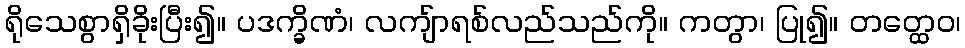
ရိုသေစွာရှိခိုးပြီး၍။ ပဒက္ခိဏံ၊ လကျ်ာရစ်လည်သည်ကို။ ကတွာ၊ ပြု၍။ တတ္ထေဝ၊